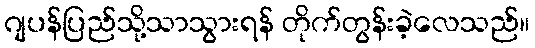
ဂျပန်ပြည်သို့သာသွားရန် တိုက်တွန်းခဲ့လေသည်။